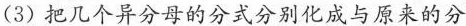
(3)把几个异分母的分式分别化成与原来的分